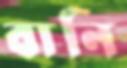
বানি